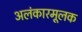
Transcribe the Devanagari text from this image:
अलंकारमूलक